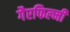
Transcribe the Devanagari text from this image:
गैरफिल्मी